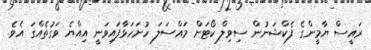
ރައީސް ޔާމީންގެ ފެކްޝަނުން ސިވިލް ކޯޓަށް މައްސަލަ ހުށަހަޅާފައިވަނީ އިއްޔެ ވަގުތެއްގަ އެވެ.